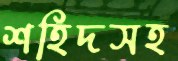
শহিদসহ